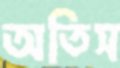
অতিস